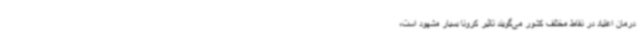
درمان اعتیاد در نقاط مختلف کشور می‌گویند تاثیر کرونا بسیار مشهود است،